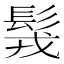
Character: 䯷